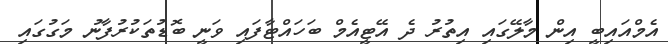
އެމްއައިބީ އިން މާލޭގައި އިތުރު ދެ އޭޓީއެމް ބަހައްޓާފައި ވަނީ ބޮޑުތަކުރުފާނު މަގުގައި